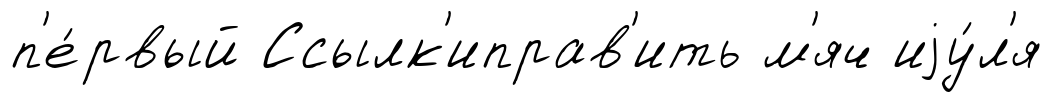
п'е́рвый Ссылк'иправ'ить м'яч иjу́л'я